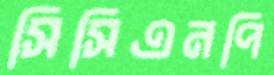
সিসিএনপি